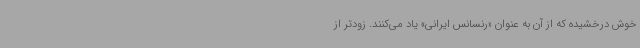
خوش درخشیده که از آن به عنوان «رنسانس ایرانی» یاد می‌کنند. زودتر از